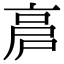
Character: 𠅡